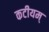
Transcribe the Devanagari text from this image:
कटीयम्